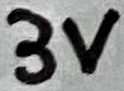
Text: 3V